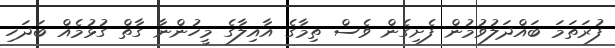
ފުރަތަމަ ބައްދަލުވުމުން ފެށިގެން ވެސް ތިމާގެ އާއިލާގެ މީހުންނާ ގާތް ގުޅުމެއް ބަދަހި